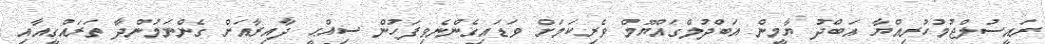
ރައީސުލްޖުމުހުރިއްޔާ އަބްދު ޔާމީން އަބްދުލްގައްޔޫމް ވެރިކަމަށް ވަޑައިގެންނެވިފަހުން ސިއްޙީ ދާއިރާއަށް ގެންނަމުންދާ ތަރައްގީއާއި